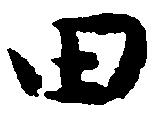
田